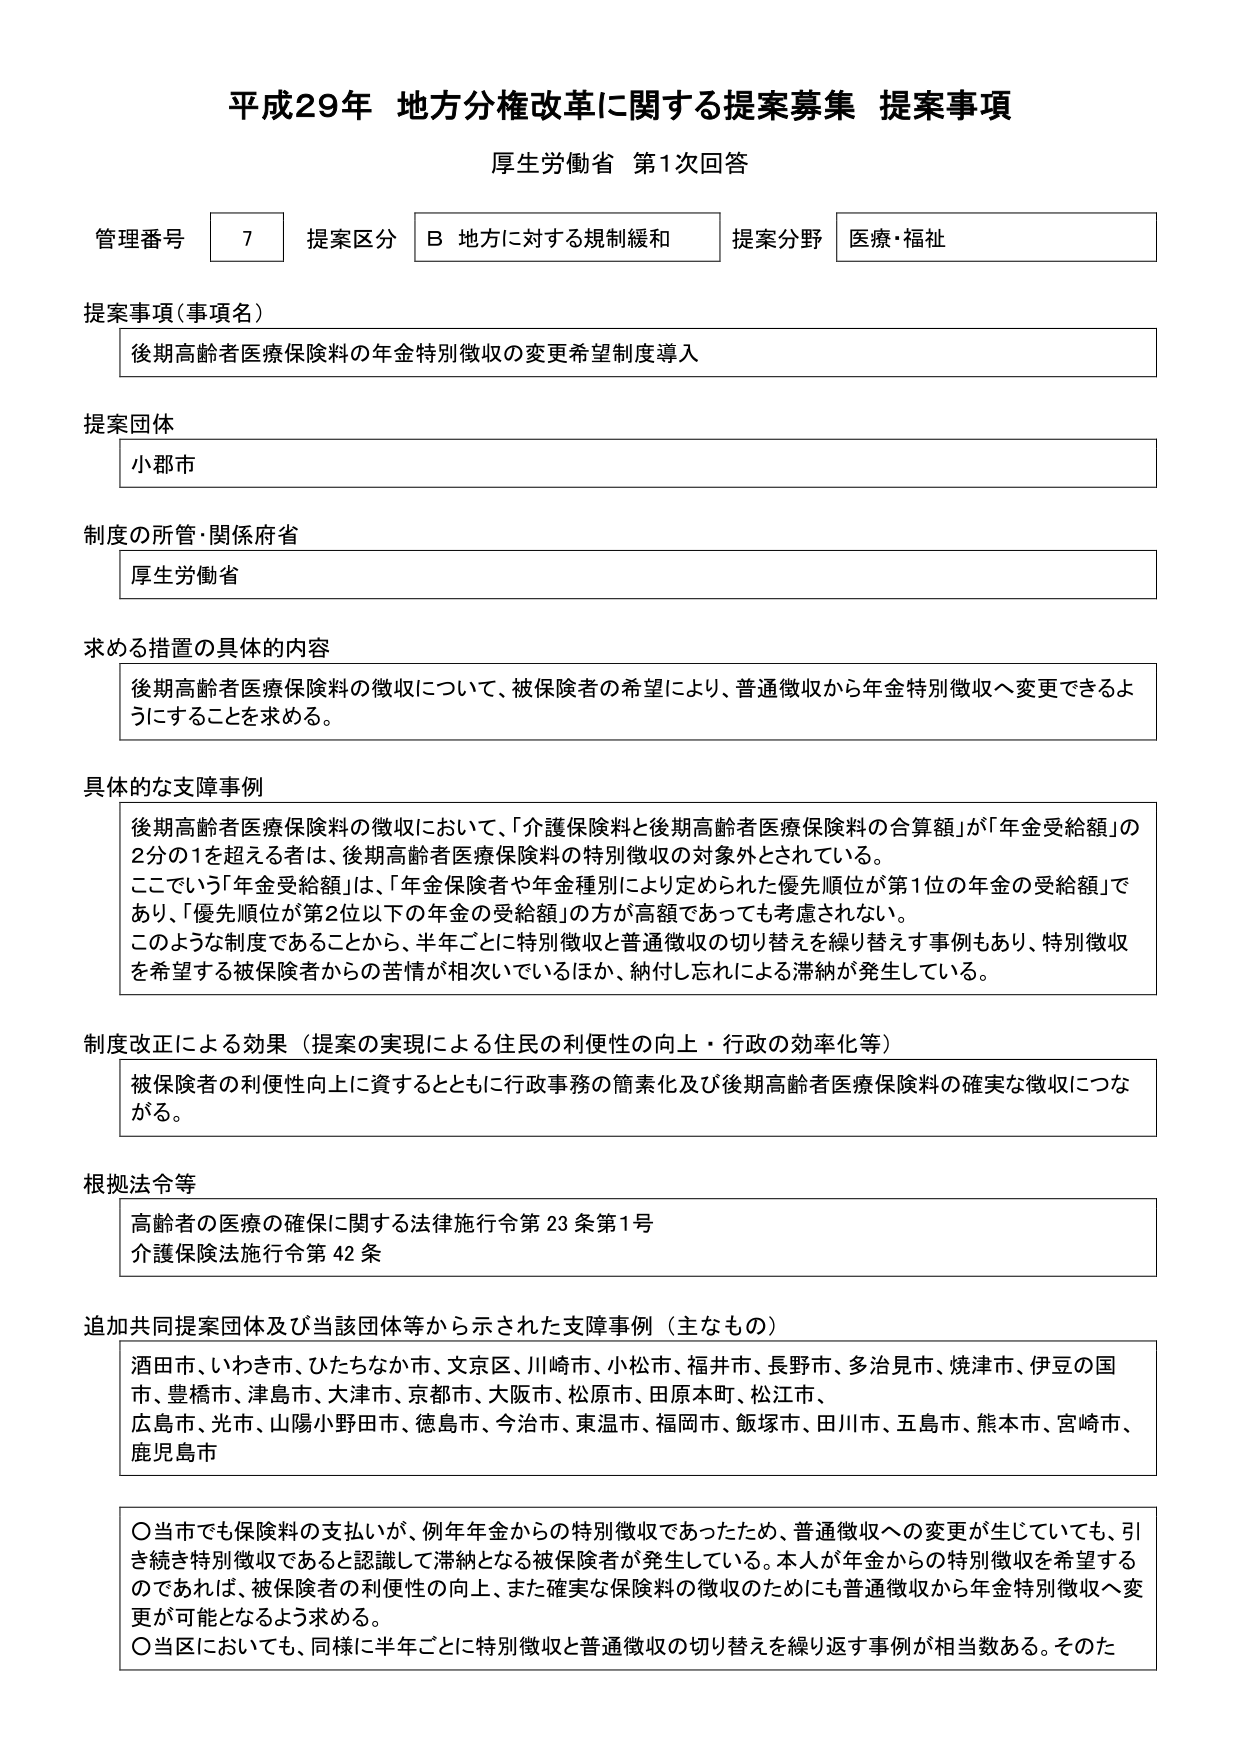
平成29年 地方分権改革に関する提案募集 提案事項
厚生労働省 第1次回答

管理番号 7 提案区分 B 地方に対する規制緩和 提案分野 医療・福祉

提案事項（事項名）
後期高齢者医療保険料の年金特別徴収の変更希望制度導入

提案団体
小郡市

制度の所管・関係府省
厚生労働省

求める措置の具体的内容
後期高齢者医療保険料の徴収について、被保険者の希望により、普通徴収から年金特別徴収へ変更できるようにすることを求める。

具体的な支障事例
後期高齢者医療保険料の徴収において、「介護保険料と後期高齢者医療保険料の合算額」が「年金受給額」の2分の1を超える者は、後期高齢者医療保険料の特別徴収の対象外とされている。
ここでいう「年金受給額」は、「年金保険者や年金種別により定められた優先順位が第1位の年金の受給額」であり、「優先順位が第2位以下の年金の受給額」の方が高額であっても考慮されない。
このような制度であることから、半年ごとに特別徴収と普通徴収の切り替えを繰り替えす事例もあり、特別徴収を希望する被保険者からの苦情が相次いでいるほか、納付し忘れによる滞納が発生している。

制度改正による効果（提案の実現による住民の利便性の向上・行政の効率化等）
被保険者の利便性向上に資するとともに行政事務の簡素化及び後期高齢者医療保険料の確実な徴収につながる。

根拠法令等
高齢者の医療の確保に関する法律施行令第23条第1号
介護保険法施行令第42条

追加共同提案団体及び当該団体等から示された支障事例（主なもの）
酒田市、いわき市、ひたちなか市、文京区、川崎市、小松市、福井市、長野市、多治見市、焼津市、伊豆の国市、豊橋市、津島市、大津市、京都市、大阪市、松原市、田原本町、松江市、
広島市、光市、山陽小野田市、徳島市、今治市、東温市、福岡市、飯塚市、田川市、五島市、熊本市、宮崎市、鹿児島市

〇 当市でも保険料の支払いが、例年年金からの特別徴収であったため、普通徴収への変更が生じていても、引き続き特別徴収であると認識して滞納となる被保険者が発生している。本人が年金からの特別徴収を希望するのであれば、被保険者の利便性の向上、また確実な保険料の徴収のためにも普通徴収から年金特別徴収へ変更が可能となるよう求める。
〇 当区においても、同様に半年ごとに特別徴収と普通徴収の切り替えを繰り返す事例が相当数ある。そのた